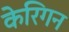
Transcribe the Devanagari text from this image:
केरिगन